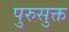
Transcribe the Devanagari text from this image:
पुरुसुक्त